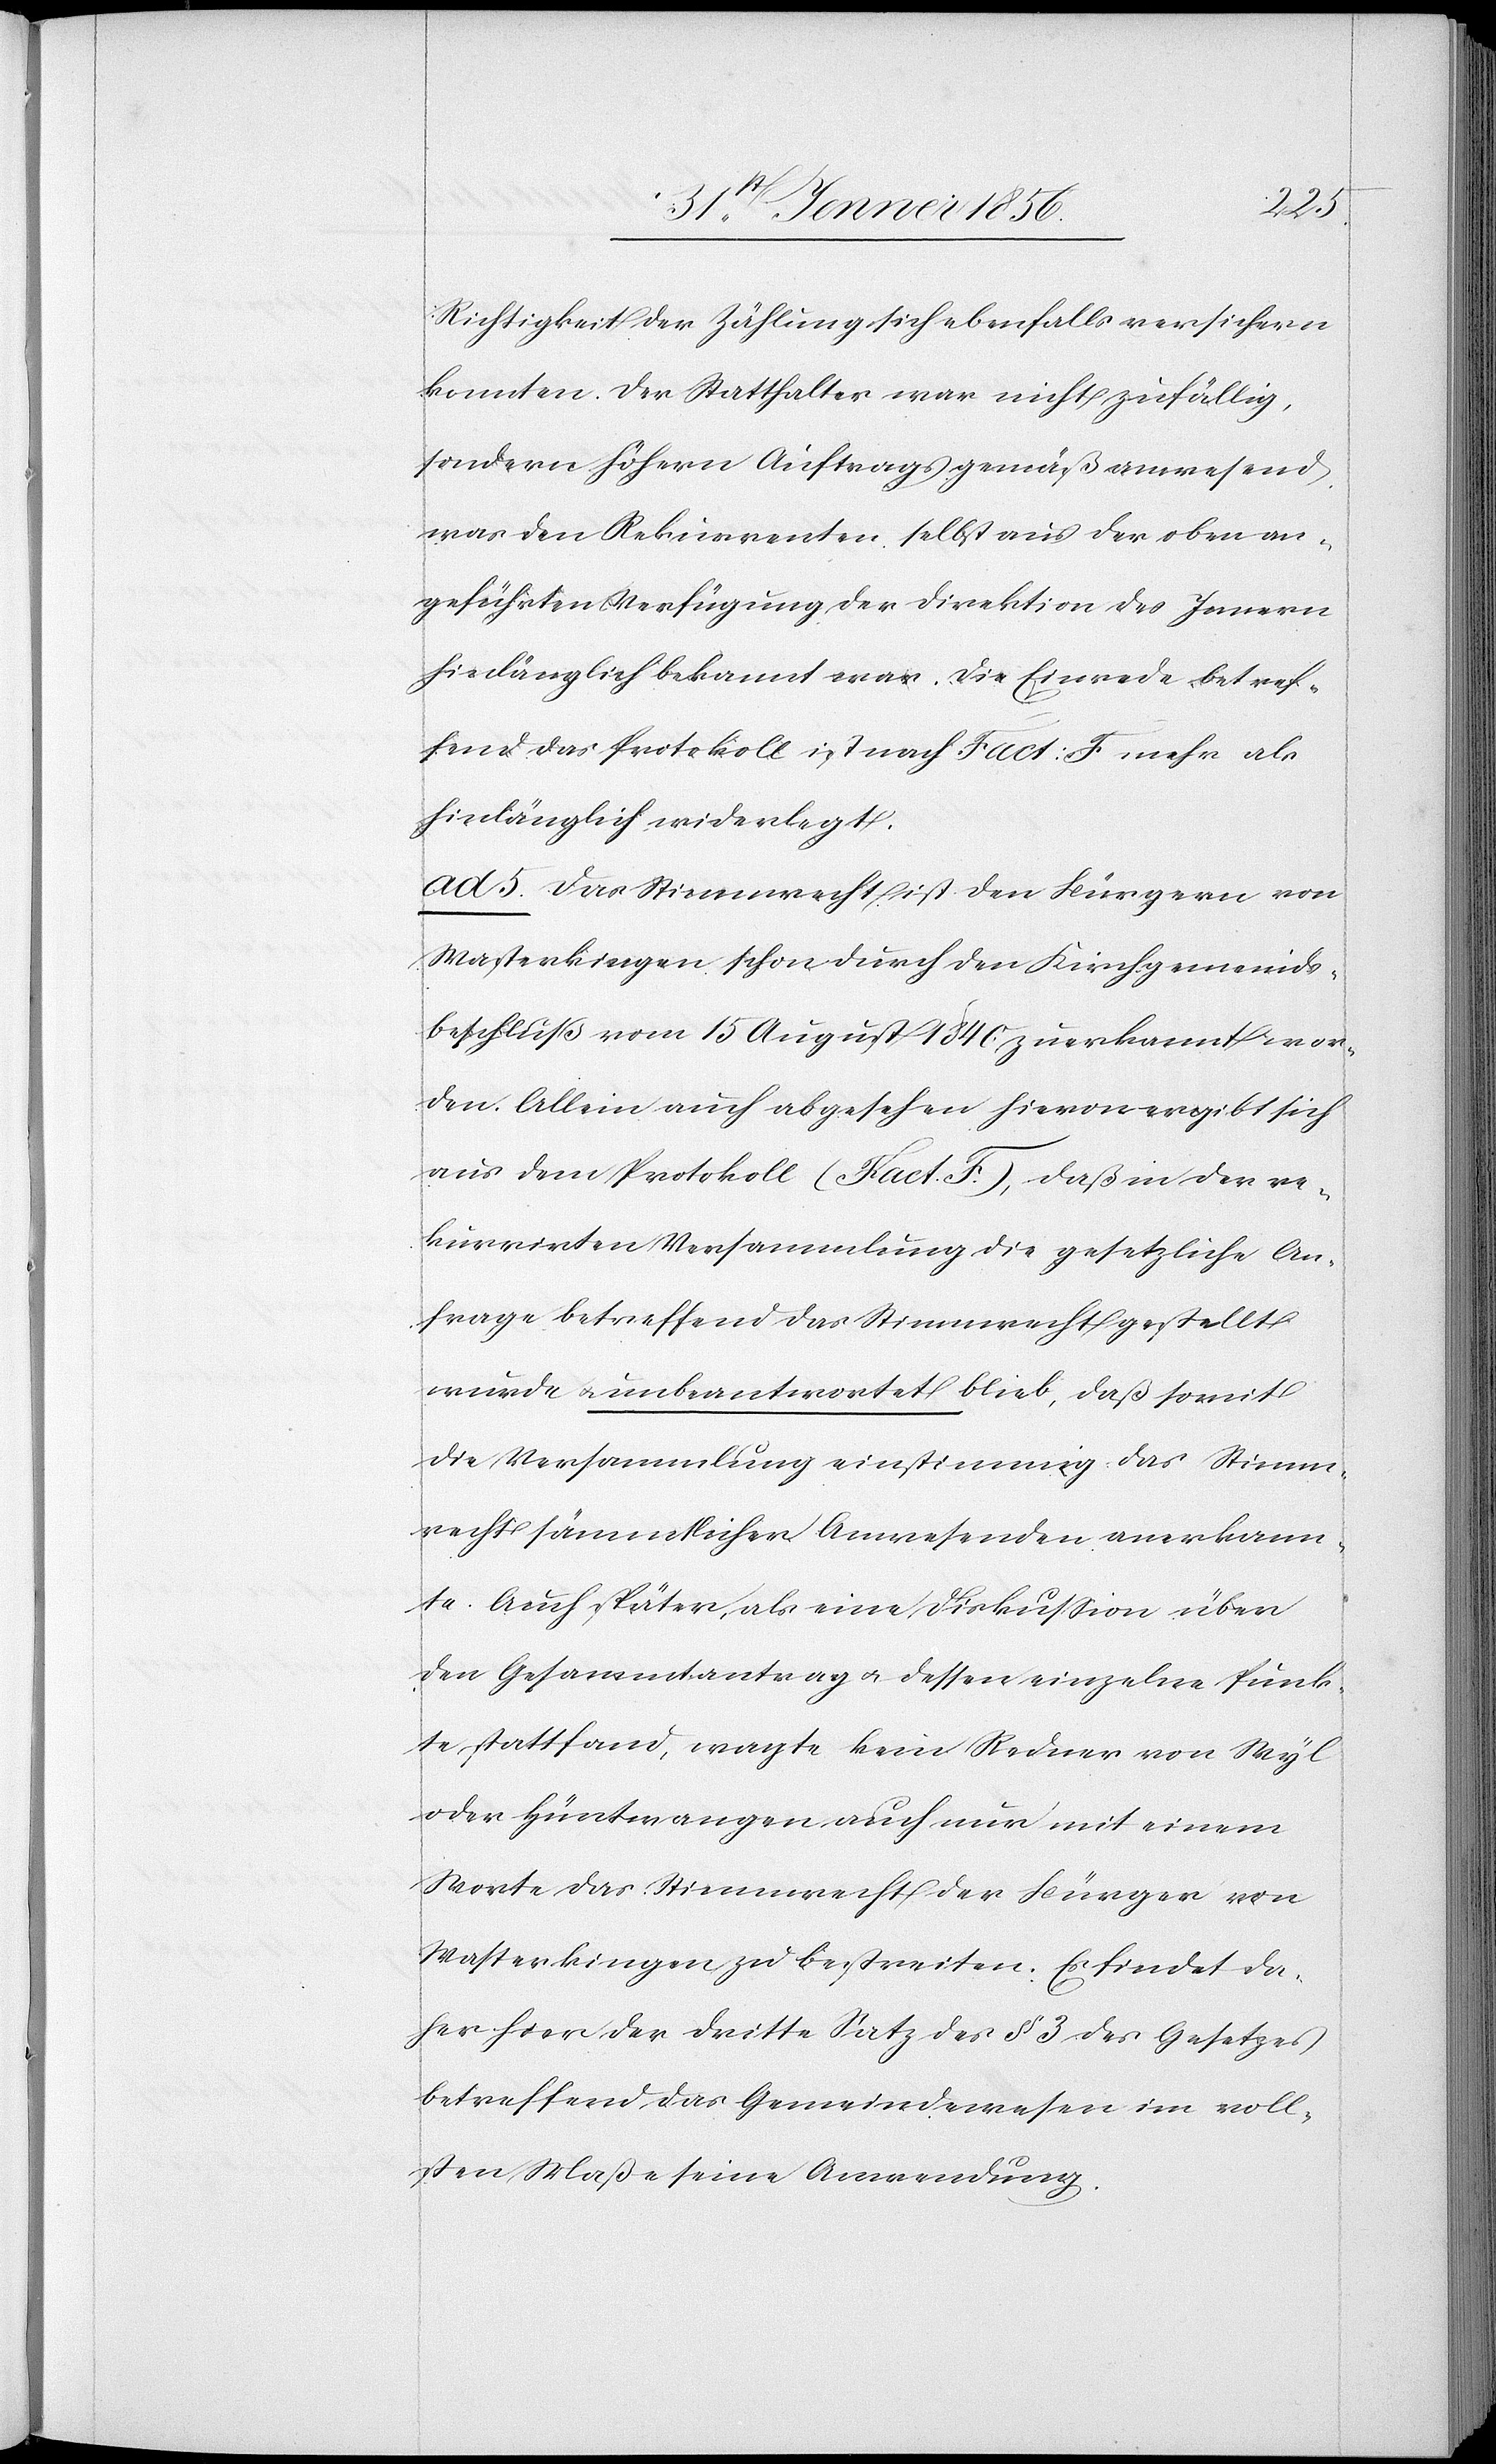
Richtigkeit der Zählung sich ebenfalls versichern
konnten. Der Statthalter war nicht zufällig,
sondern höhern Auftrags gemäß anwesend,
was den Rekurrenten selbst aus der oben an¬
geführten Verfügung der Direktion des Innern
hinlänglich bekannt war. Die Einrede betref¬
fend das Protokoll ist nach Fact: F mehr als
hinlänglich widerlegt.
ad 5. Das Stimmrecht ist den Bürgern von
Wasterkingen schon durch den Kirchgemeinds¬
beschluß vom 15 August 1846 zuerkannt wor¬
den. Allein auch abgesehen hiervon ergibt sich
aus dem Protokoll (Fact. F.), daß in der re¬
kurrirten Versammlung die gesetzliche An¬
frage betreffend das Stimmrecht gestellt
wurde u. unbeantwortet blieb, daß somit
die Versammlung einstimmig das Stimm¬
recht sämmtlicher Anwesenden anerkann¬
te. Auch später, als eine Diskussion über
den Gesammtantrag u. dessen einzelne Punk¬
te stattfand, wagte kein Redner von Wyl
oder Hüntwangen auch nur mit einem
Worte das Stimmrecht der Bürger von
Wasterkingen zu bestreiten. Es findet da¬
her hier der dritte Satz des § 3 des Gesetzes
betreffend das Gemeindewesen im voll¬
sten Maße seine Anwendung.